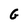
Character: G